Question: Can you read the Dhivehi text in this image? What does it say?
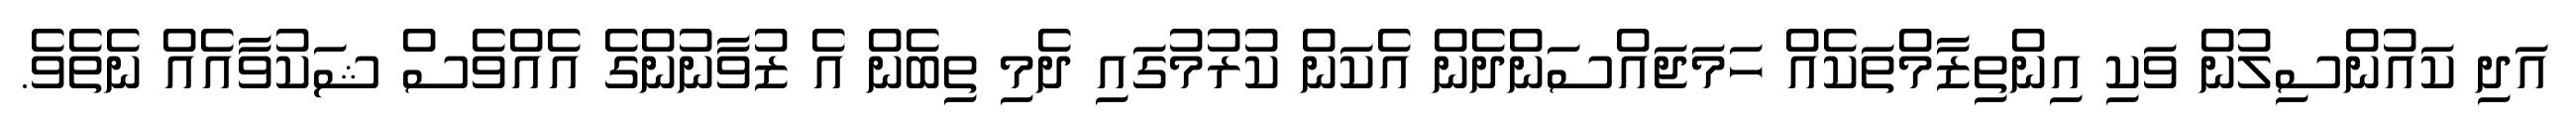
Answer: އަދި ކައުންސިލުން ވަކި އިންތިޒާމްތަކެއް ހަމަޖައްސަންދެން އެކަން ކުރުމުގައި ދެމި ތިބެން އެ ޒުވާނުންގެ އެއްވެސް ޝަކުވާއެއް ނެތެވެ.